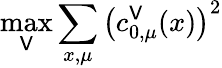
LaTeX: \operatorname*{max}_{\mathsf{V}}\sum_{x,\mu}\left(c_{0,\mu}^{\mathsf{V}}(x)\right)^{2}